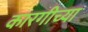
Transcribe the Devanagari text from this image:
कारगीच्या